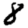
Digit: 8